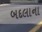
બદલાના